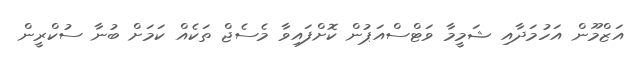
އަޒްމޫން އަހުމަދާއި ޝަމީމާ ވަޓްސްއަޕުން ކޮށްފައިވާ މެސެޖް ތަކެއް ކަމަށް ބުނާ ސުކްރީން